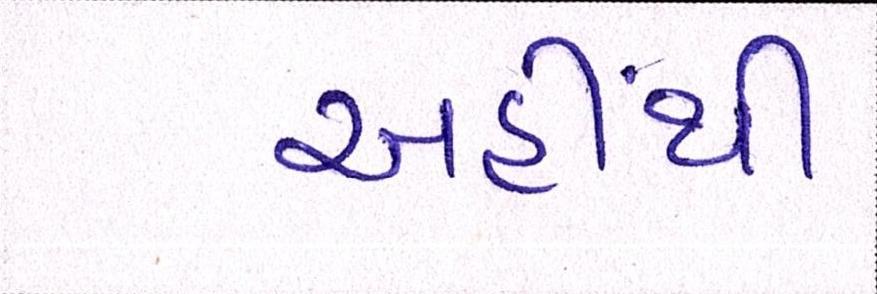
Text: અહીંથી